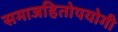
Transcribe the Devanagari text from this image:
समाजहितोपयोगी